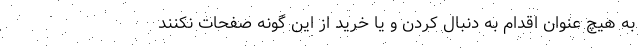
به هیچ عنوان اقدام به دنبال کردن و یا خرید از این گونه صفحات نکنند